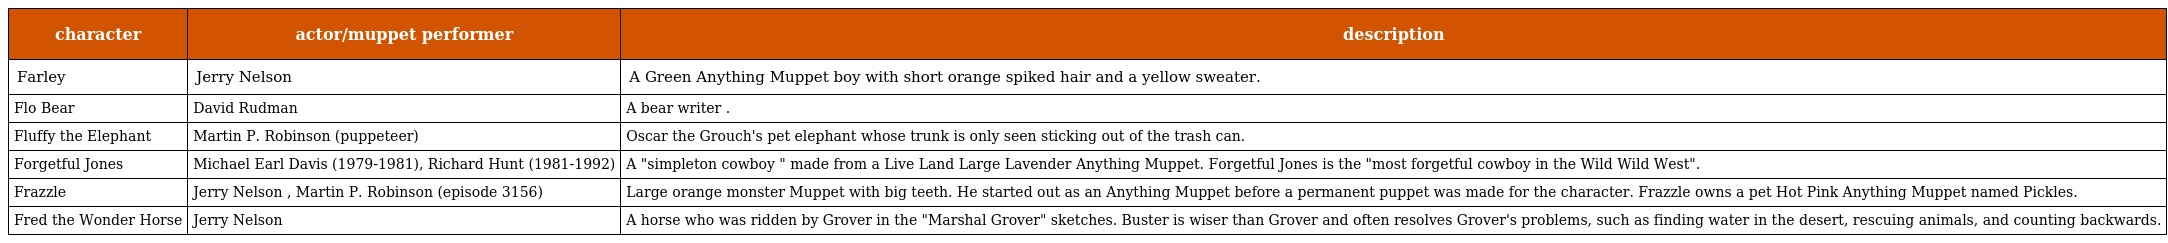
| character | actor/muppet performer | description |
 | --- | --- | --- |
 | Farley | Jerry Nelson | A Green Anything Muppet boy with short orange spiked hair and a yellow sweater. |
 | Flo Bear | David Rudman | A bear writer . |
 | Fluffy the Elephant | Martin P. Robinson (puppeteer) | Oscar the Grouch's pet elephant whose trunk is only seen sticking out of the trash can. |
 | Forgetful Jones | Michael Earl Davis (1979-1981), Richard Hunt (1981-1992) | A "simpleton cowboy " made from a Live Land Large Lavender Anything Muppet. Forgetful Jones is the "most forgetful cowboy in the Wild Wild West". |
 | Frazzle | Jerry Nelson , Martin P. Robinson (episode 3156) | Large orange monster Muppet with big teeth. He started out as an Anything Muppet before a permanent puppet was made for the character. Frazzle owns a pet Hot Pink Anything Muppet named Pickles. |
 | Fred the Wonder Horse | Jerry Nelson | A horse who was ridden by Grover in the "Marshal Grover" sketches. Buster is wiser than Grover and often resolves Grover's problems, such as finding water in the desert, rescuing animals, and counting backwards. |